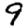
Digit: 9